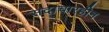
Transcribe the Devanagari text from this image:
सदाचारहीन